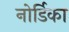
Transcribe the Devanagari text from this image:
नोर्डिका